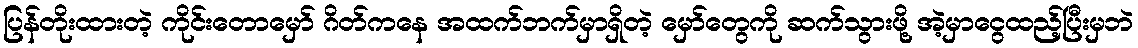
ပြန်တိုးထားတဲ့ ကိုင်းတောမှော် ဂိတ်ကနေ အထက်ဘက်မှာရှိတဲ့ မှော်တွေကို ဆက်သွားဖို့ အဲ့မှာငွေထည့်ပြီးမှဘဲ